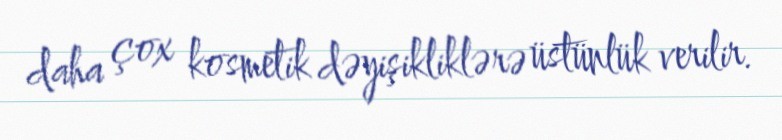
daha çox kosmetik dəyişikliklərə üstünlük verilir.